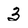
Character: 3